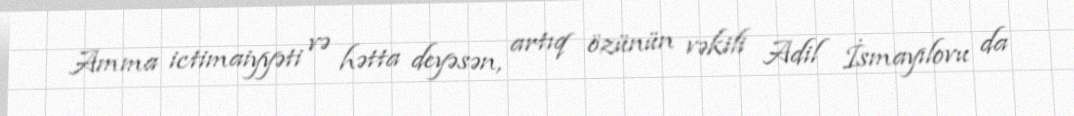
Amma ictimaiyyəti və hətta deyəsən, artıq özünün vəkili Adil İsmayılovu da